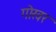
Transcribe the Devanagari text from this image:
गोखर